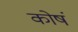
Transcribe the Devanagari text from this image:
कोषं